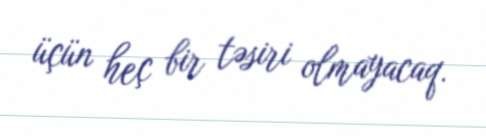
üçün heç bir təsiri olmayacaq.